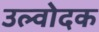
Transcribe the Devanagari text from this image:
उल्वोदक